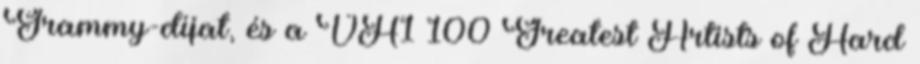
Grammy-díjat, és a VH1 100 Greatest Artists of Hard